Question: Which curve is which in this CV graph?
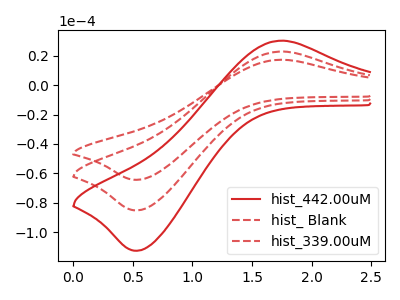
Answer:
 <answer>The red curve is labeled "hist_442.00uM". The red dashed curve is labeled "hist_ Blank". The red dashed curve is labeled "hist_339.00uM".</answer>
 <eval></eval>